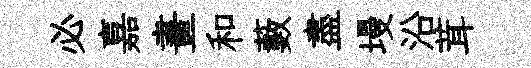
必嘉畫和藪盡墁沿茸